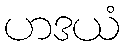
ဟဒယံ